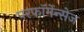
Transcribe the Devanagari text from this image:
परफॉर्मेन्सेज